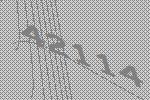
42114